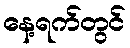
နေ့ရက်တွင်